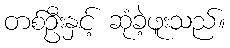
တစ်ဦးနှင့် ဆုံခဲ့ဖူးသည်။